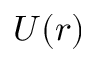
U ( r )